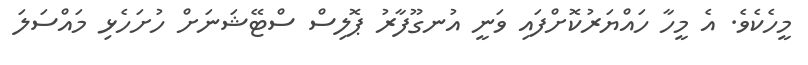
މީހެކެވެ. އެ މީހާ ހައްޔަރުކޮށްފައި ވަނީ އުނގޫފާރު ޕޮލިސް ސްޓޭޝަނަށް ހުށަހެޅި މައްސަލަ